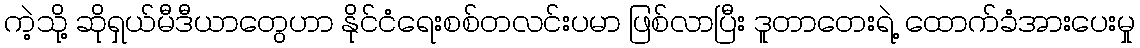
ကဲ့သို့ ဆိုရှယ်မီဒီယာတွေဟာ နိုင်ငံရေးစစ်တလင်းပမာ ဖြစ်လာပြီး ဒူတာတေးရဲ့ ထောက်ခံအားပေးမှု